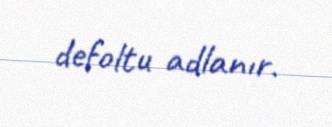
defoltu adlanır.